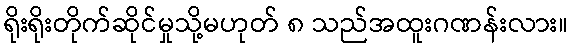
ရိုးရိုးတိုက်ဆိုင်မှုသို့မဟုတ် ၈ သည်အထူးဂဏန်းလား။